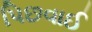
પિછવાઈ